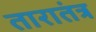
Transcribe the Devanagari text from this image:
तारातंत्र